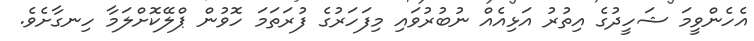
އެހެންވީމަ ޝަހީދުގެ އިތުރު އަޅިއެއް ނުބުރުވައި މިފަހަރުގެ ފުރަތަމަ ހޮވުން ޕްލޭކޮށްލަމާ ހިނގާށެވެ.